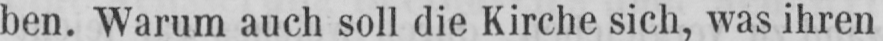
ben. Warum auch soll die Kirche sich, was ihren